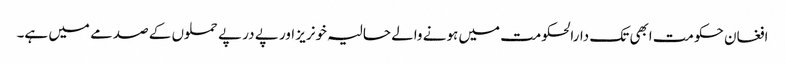
افغان حکومت ابھی تک دارالحکومت میں ہونے والے حالیہ خونریز اور پے در پے حملوں کے صدمے میں ہے۔